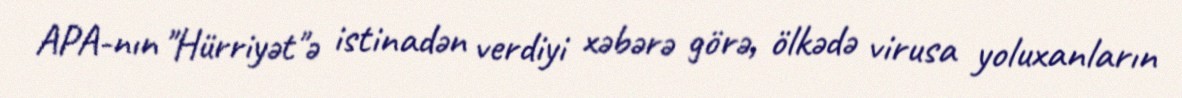
APA-nın "Hürriyət"ə istinadən verdiyi xəbərə görə, ölkədə virusa yoluxanların